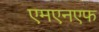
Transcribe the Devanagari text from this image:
एमएनएफ